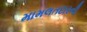
મામલતદારની